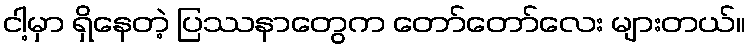
ငါ့မှာ ရှိနေတဲ့ ပြဿနာတွေက တော်တော်လေး များတယ်။